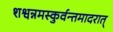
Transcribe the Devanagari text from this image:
शश्वन्नमस्कुर्वन्तमादरात्